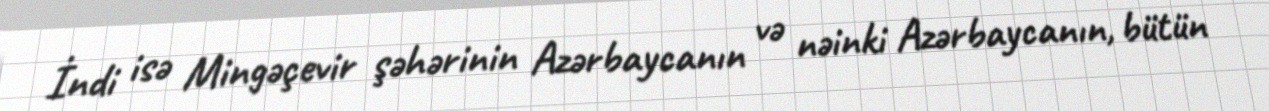
İndi isə Mingəçevir şəhərinin Azərbaycanın və nəinki Azərbaycanın, bütün